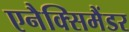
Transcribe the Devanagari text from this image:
एनैक्सिमैंडर